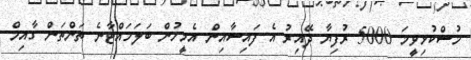
މުސްކުޅިވީމަ 5000 ރުފިޔާ ދޭއިރު އެ ފައިސާއިން އެމީހުން ބަލަހައްޓާނެ ތަންތަން ގާއިމް